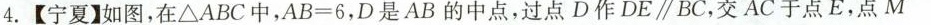
4.【宁夏】如图，在\triangle ABC中，$$A B = 6$$，D是AB的中点，过点D作DE \parallel BC，交AC于点E。点M